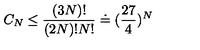
C _ { N } \leq \frac { ( 3 N ) ! } { ( 2 N ) ! N ! } \doteq ( \frac { 2 7 } { 4 } ) ^ { N }